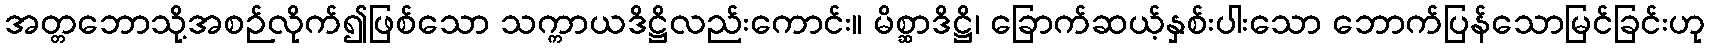
အတ္တဘောသို့အစဉ်လိုက်၍ဖြစ်သော သက္ကာယဒိဋ္ဌိလည်းကောင်း။ မိစ္ဆာဒိဋ္ဌိ၊ ခြောက်ဆယ့်နှစ်းပါးသော ဘောက်ပြန်သောမြင်ခြင်းဟု